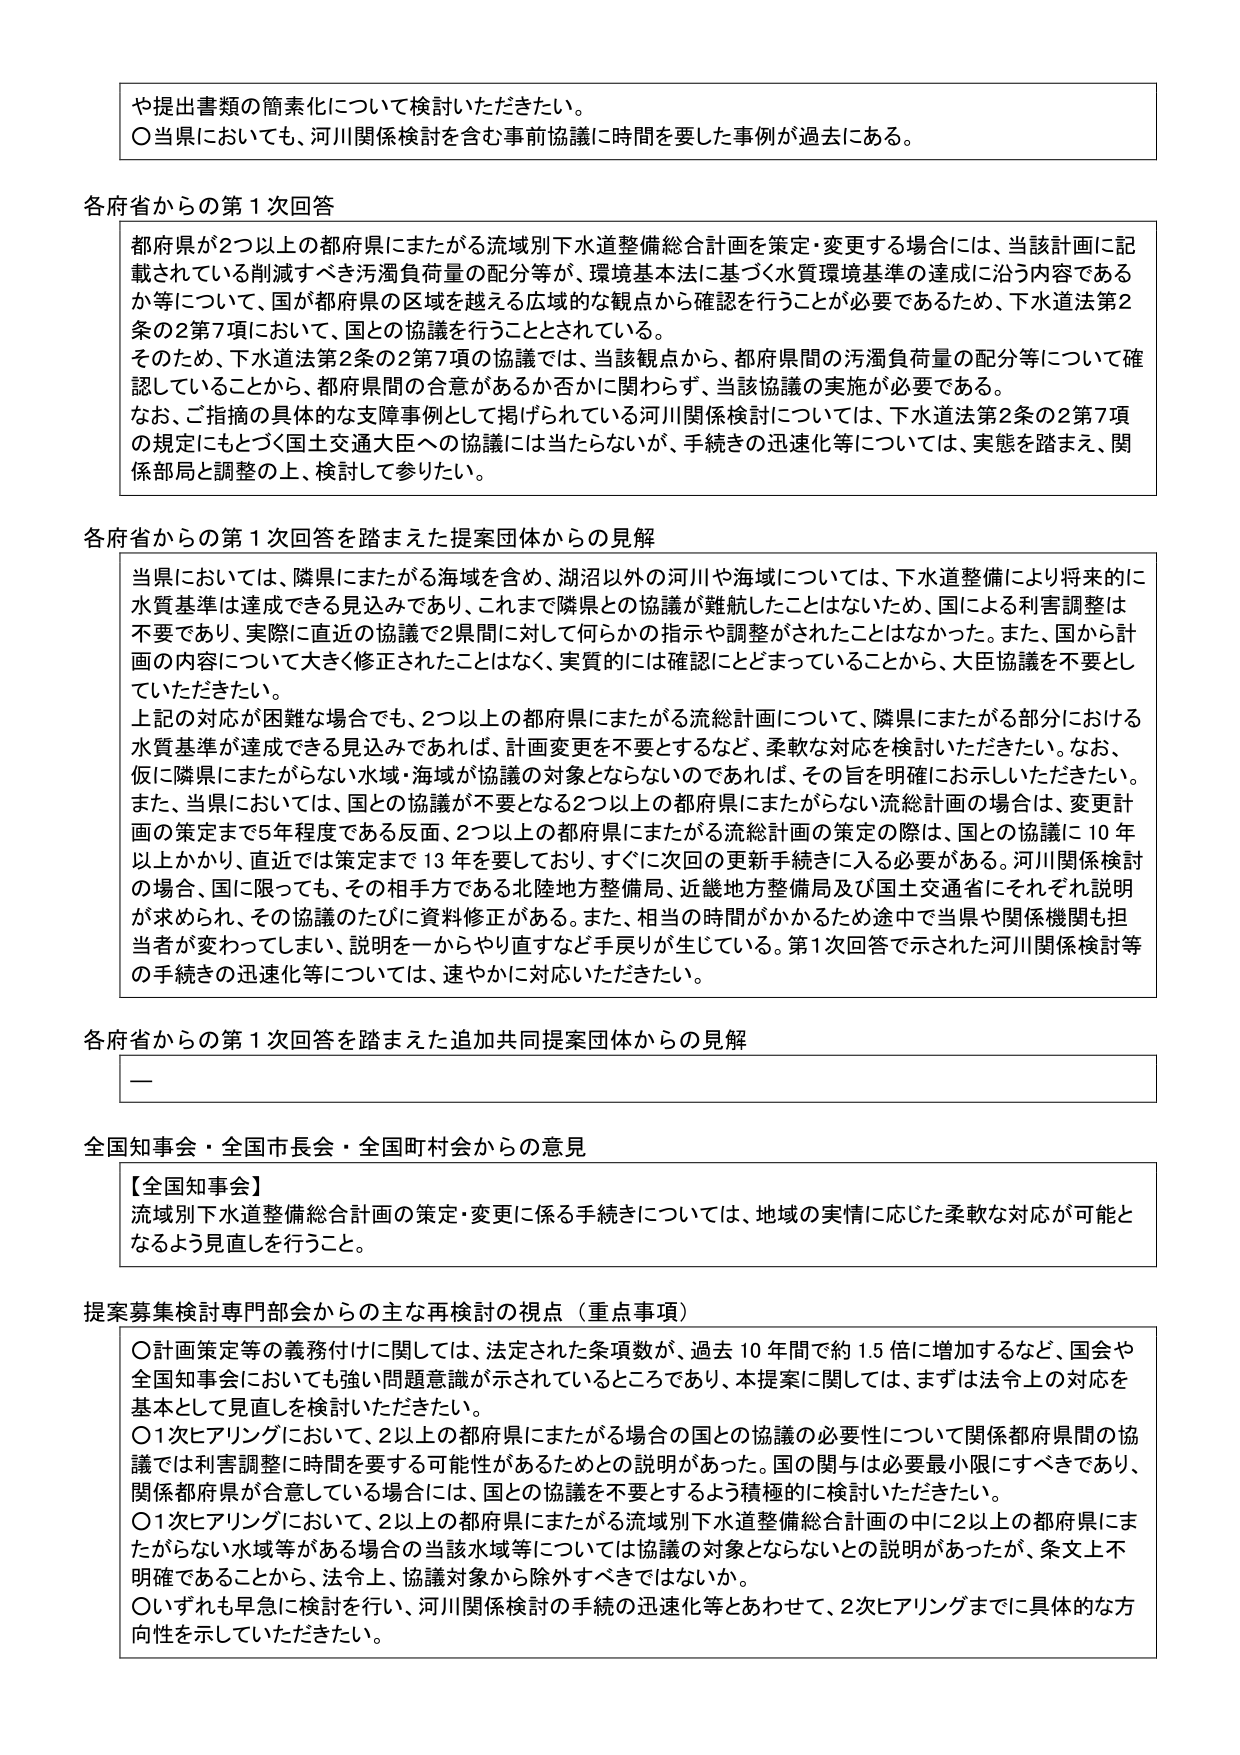
や提出書類の簡素化について検討いただきたい。
〇当県においても、河川関係検討を含む事前協議に時間を要した事例が過去にある。

各府省からの第1次回答
都府県が2つ以上の都府県にまたがる流域別下水道整備総合計画を策定・変更する場合には、当該計画に記載されている削減すべき汚濁負荷量の配分等が、環境基本法に基づく水質環境基準の達成に沿う内容であるか等について、国が都府県の区域を越える広域的な観点から確認を行うことが必要であるため、下水道法第2条の2第7項において、国との協議を行うこととされている。
そのため、下水道法第2条の2第7項の協議では、当該観点から、都府県間の汚濁負荷量の配分等について確認していることから、都府県間の合意があるか否かに関わらず、当該協議の実施が必要である。
なお、ご指摘の具体的な支障事例として掲げられている河川関係検討については、下水道法第2条の2第7項の規定にもとづく国土交通大臣への協議には当たらないが、手続きの迅速化等については、実態を踏まえ、関係部局と調整の上、検討して参りたい。

各府省からの第1次回答を踏まえた提案団体からの見解
当県においては、隣県にまたがる海域を含め、湖沼以外の河川や海域については、下水道整備により将来的に水質基準は達成できる見込みであり、これまで隣県との協議が難航したことはないため、国による利害調整は不要であり、実際に直近の協議で2県間に対して何らかの指示や調整がされたことはなかった。また、国から計画の内容について大きく修正されたことはなく、実質的には確認にとどまっていることから、大臣協議を不要としていただきたい。
上記の対応が困難な場合でも、2つ以上の都府県にまたがる流総計画について、隣県にまたがる部分における水質基準が達成できる見込みであれば、計画変更を不要とするなど、柔軟な対応を検討いただきたい。なお、仮に隣県にまたがらない水域・海域が協議の対象とならないのであれば、その旨を明確にお示しいただきたい。
また、当県においては、国との協議が不要となる2つ以上の都府県にまたがらない流総計画の場合は、変更計画の策定まで5年程度である反面、2つ以上の都府県にまたがる流総計画の策定の際は、国との協議に10年以上かかり、直近では策定まで13年を要しており、すぐに次回の更新手続きに入る必要がある。河川関係検討の場合、国に限っても、その相手方である北陸地方整備局、近畿地方整備局及び国土交通省にそれぞれ説明が求められ、その協議のたびに資料修正がある。また、相当の時間がかかるため途中で当県や関係機関も担当者が変わってしまい、説明を一からやり直すなど手戻りが生じている。第1次回答で示された河川関係検討等の手続きの迅速化等については、速やかに対応いただきたい。

各府省からの第1次回答を踏まえた追加共同提案団体からの見解
ー

全国知事会・全国市長会・全国町村会からの意見
【全国知事会】
流域別下水道整備総合計画の策定・変更に係る手続きについては、地域の実情に応じた柔軟な対応が可能となるよう見直しを行うこと。

提案募集検討専門部会からの主な再検討の視点（重点事項）
〇計画策定等の義務付けに関しては、法定された条項数が、過去10年間で約1.5倍に増加するなど、国会や全国知事会においても強い問題意識が示されているところであり、本提案に関しては、まずは法令上の対応を基本として見直しを検討いただきたい。
〇1次ヒアリングにおいて、2以上の都府県にまたがる場合の国との協議の必要性について関係都府県間の協議では利害調整に時間を要する可能性があるためとの説明があった。国の関与は必要最小限にすべきであり、関係都府県が合意している場合には、国との協議を不要とするよう積極的に検討いただきたい。
〇1次ヒアリングにおいて、2以上の都府県にまたがる流域別下水道整備総合計画の中に2以上の都府県にまたがらない水域等がある場合の当該水域等については協議の対象とならないとの説明があったが、条文上不明確であることから、法令上、協議対象から除外すべきではないか。
〇いずれも早急に検討を行い、河川関係検討の手続の迅速化等とあわせて、2次ヒアリングまでに具体的な方向性を示していただきたい。